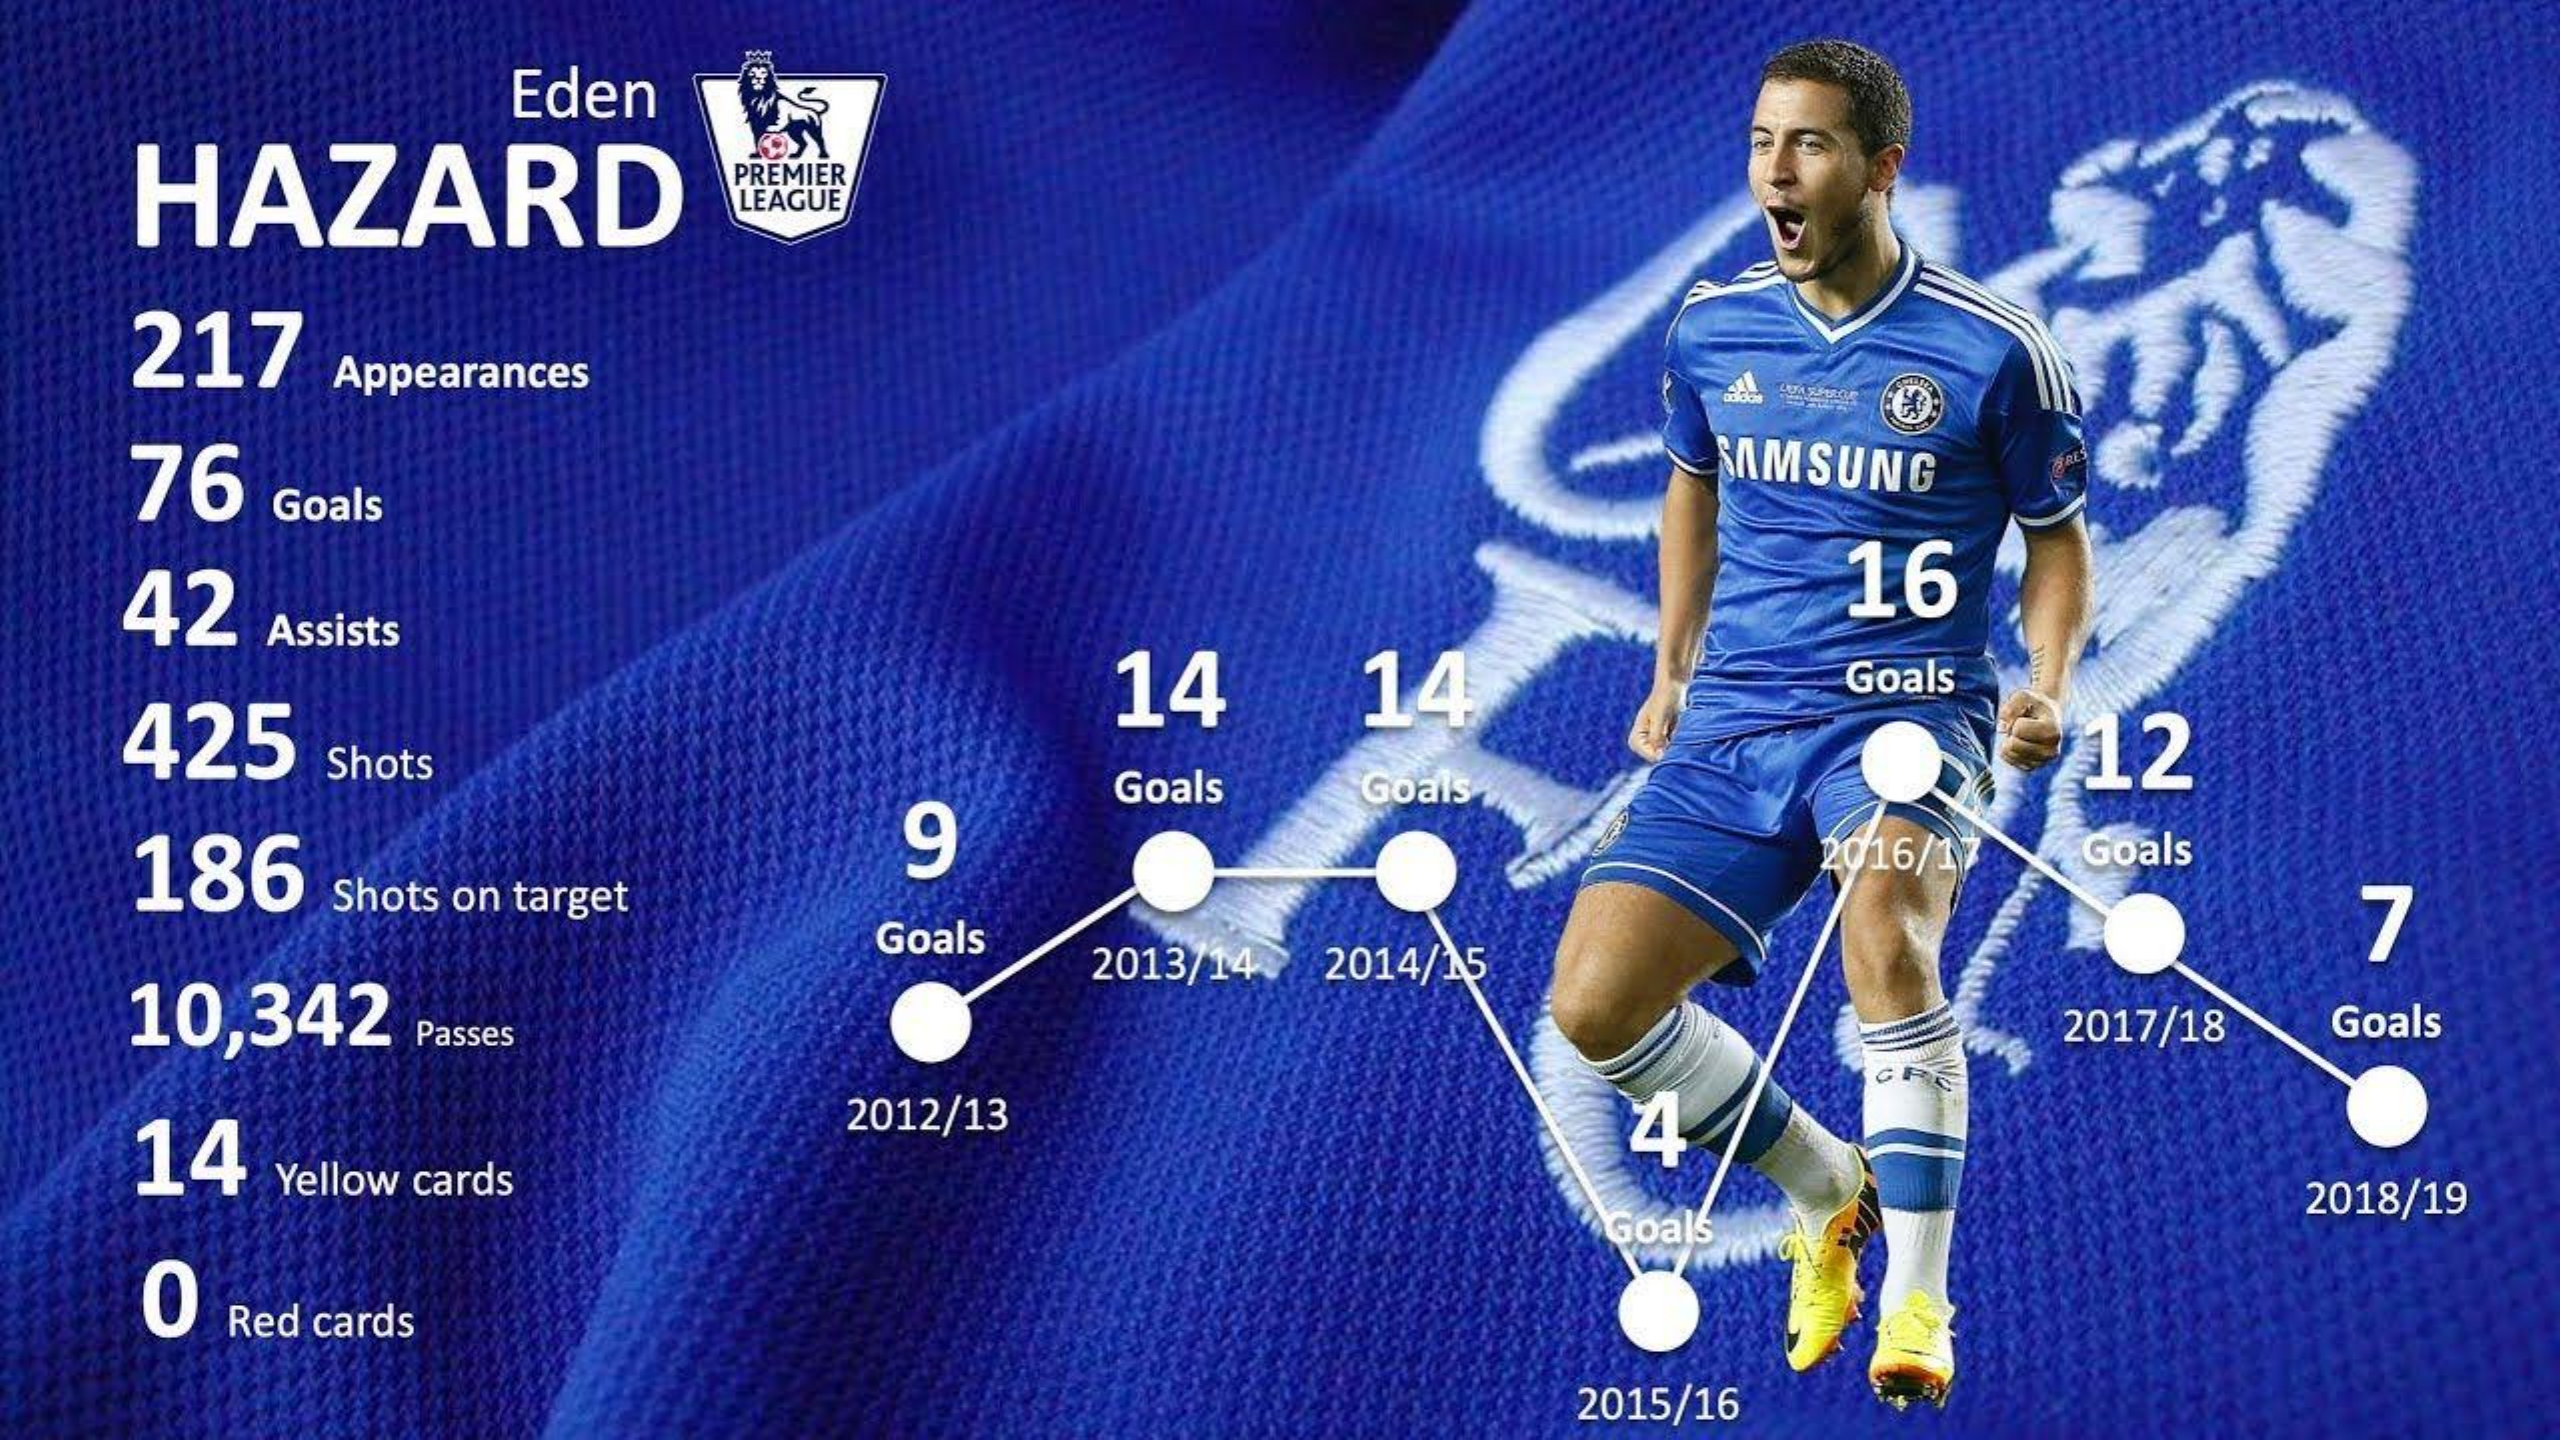
Eden
  HAZARD
     PREMIER
     LEAGUE
  217
   Appearances
  76    SAMSUNG
   Goals
  42    16
   Assists
     Goals
  425
     14 14
     12 Shots
     Goals Goals
  186    9    Goals
   Shots on target
     2016/1
     Goals    7
  10,342
     2013/14 2014/15
    Passes    2017/18 Goals
  14
     2012/13 4
   Yellow cards
     Goals
     2018/19
  0
  Red cards
     2015/16